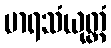
မာရသံယုတ္တံ